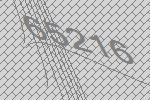
65216